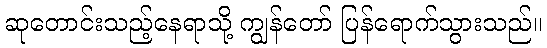
ဆုတောင်းသည့်နေရာသို့ ကျွန်တော် ပြန်ရောက်သွားသည်။